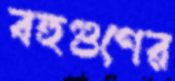
বহুগুণের